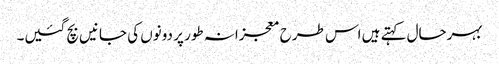
بہرحال کہتے ہیں اس طرح معجزانہ طور پر دونوں کی جانیں بچ گئیں۔